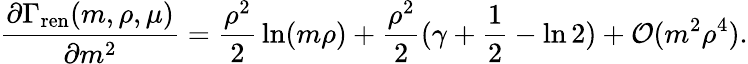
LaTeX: {\frac{\partial\Gamma_{\mathrm{ren}}(m,\rho,\mu)}{\partial m^{2}}}={\frac{\rho^{2}}{2}}\ln(m\rho)+{\frac{\rho^{2}}{2}}(\gamma+{\frac{1}{2}}-\ln 2)+{\cal O}(m^{2}\rho^{4}).